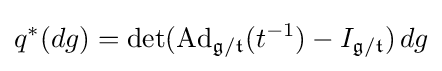
q^{*}(dg)=\det(\operatorname {Ad} _{{\mathfrak {g}}/{\mathfrak {t}}}(t^{-1})-I_{{\mathfrak {g}}/{\mathfrak {t}}})\,dg